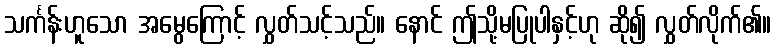
သင်္ကန်းဟူသော အမွေကြောင့် လွှတ်သင့်သည်။ နောင် ဤသို့မပြုပါနှင့်ဟု ဆို၍ လွှတ်လိုက်၏။